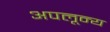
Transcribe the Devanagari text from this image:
अपलून्य